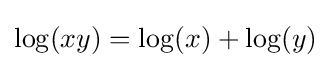
\log(xy)=\log(x)+\log(y)